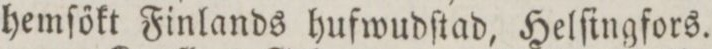
hemſőkt Finlands hufwudſtad, Helſingfors.